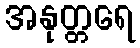
အနုတ္တရေ